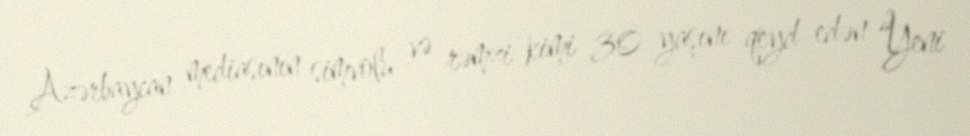
Azərbaycan mediasının simvolu və rəmzi kimi 30 yaşını qeyd edən “Yeni